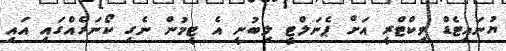
ޔުނައިޓެޑް ވިކްޓްރީ އަށް ޕެނަލްޓީ ލިބުނީ އެ ޓީމުން ނެގި ކޯނަރެއްގައި އައި